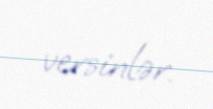
versinlər.